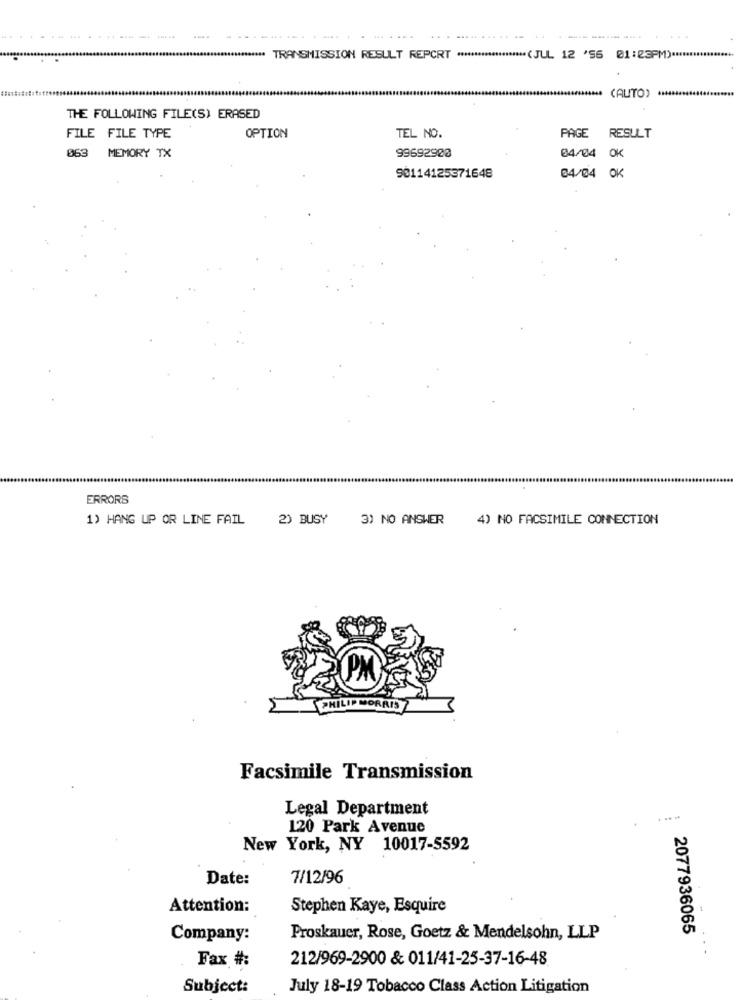
*****. TRANSMISSION RESULT REPCRT *******
***... (JUL 12 '56 01:23PM)
(AUTO)
THE FOLLOWING FILE(S) ERASED
PAGE
FILE FILE TYPE
OPTION
TEL NO.
RESULT
063
MEMORY TX
99692908
04/04 OK
90114125371648
04/04 OK
ERRORS
1) HANG UP OR LINE FAIL
2) BUSY
3) NO ANSWER
4) NO FACSIMILE CONNECTION
PHILIP
CORAIS
Facsimile Transmission
Legal Department
120 Park Avenue
New York, NY 10017-5592
Date:
7/12/96
Attention:
Stephen Kaye, Esquire
2077936065
Company:
Proskauer, Rose, Goetz & Mendelsohn, LLP
Fax #:
212/969-2900 & 011/41-25-37-16-48
Subject:
July 18-19 Tobacco Class Action Litigation